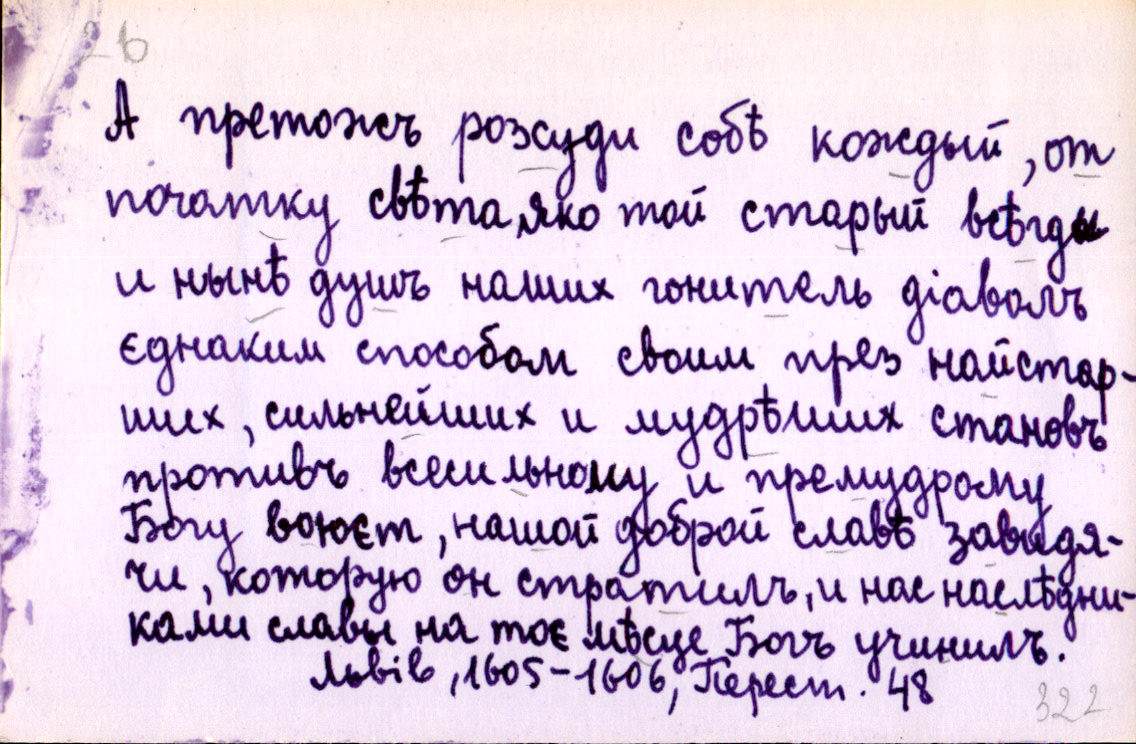
А претожъ розсуди собѣ кождый, от
початку свѣта, яко той старый всѣгды
и нынѣ душъ наших гонитель діаволъ
єднаким способом своим през найстар-
ших, сильнейших и мудрѣших становъ
противъ всесильному и премудрому
Богу воюєт, нашой доброй славѣ завидя-
чи, которую он стратилъ, и нас наслѣдни-
ками славы на тоє мѣсце Богъ учинилъ.
Львів, 1605-1606, Перест. 48